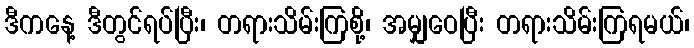
ဒီကနေ့ ဒီတွင်ရပ်ပြီး၊ တရားသိမ်းကြစို့၊ အမျှဝေပြီး တရားသိမ်းကြရမယ်၊